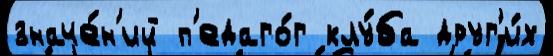
значе́н'ий п'едаго́г клу́ба друг'и́х